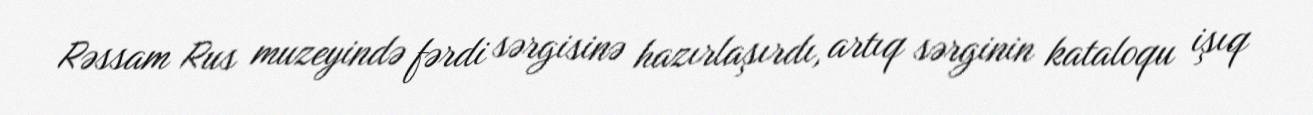
Rəssam Rus muzeyində fərdi sərgisinə hazırlaşırdı, artıq sərginin kataloqu işıq